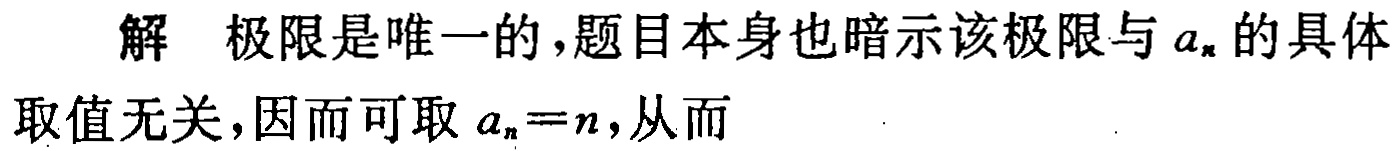
解 极限是唯一的，题目本身也暗示该极限与\(a_{n}\)的具体取值无关，因而可取\(a_{n}=n\)，从而